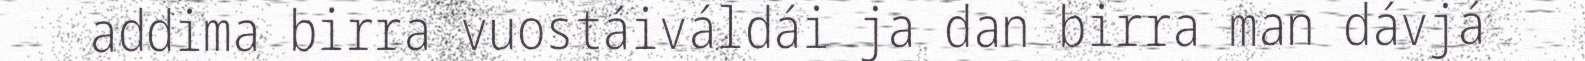
addima birra vuostáiváldái ja dan birra man dávjá